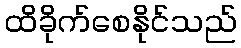
ထိခိုက်စေနိုင်သည်